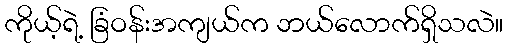
ကိုယ့်ရဲ့ ခြံဝန်းအကျယ်က ဘယ်လောက်ရှိသလဲ။